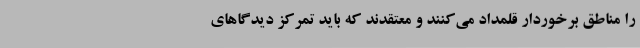
را مناطق برخوردار قلمداد می‌کنند و معتقدند که باید تمرکز دیدگاهای